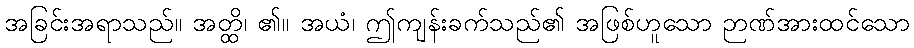
အခြင်းအရာသည်။ အတ္ထိ၊ ၏။ အယံ၊ ဤကျန်းခက်သည်၏ အဖြစ်ဟူသော ဉာဏ်အားထင်သော